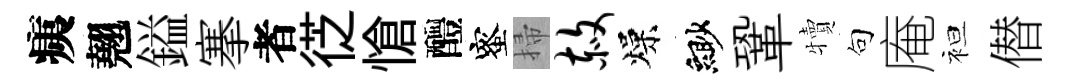
痍翹鎰搴者徔愴醴蜜掃赦燥緲鞏犢句庵袒僣